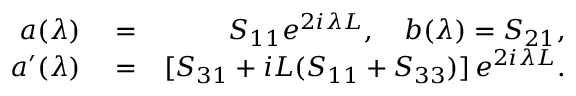
\begin{array} { r l r } { a ( \lambda ) } & { { } = } & { S _ { 1 1 } e ^ { 2 i \lambda L } , \quad b ( \lambda ) = S _ { 2 1 } , } \\ { a ^ { \prime } ( \lambda ) } & { { } = } & { [ S _ { 3 1 } + i L ( S _ { 1 1 } + S _ { 3 3 } ) ] \, e ^ { 2 i \lambda L } . } \end{array}